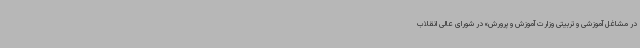
در مشاغل آموزشی و تربیتی وزارت آموزش و پرورش» در شورای عالی انقلاب